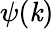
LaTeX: \psi(\mathit{k})